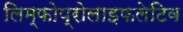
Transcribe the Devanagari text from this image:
लिम्फोप्रोलाइफलेटिव